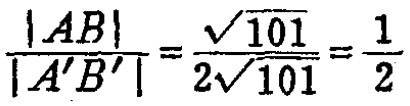
\(\frac{|AB|}{|A'B'|}=\frac{\sqrt{101}}{2\sqrt{101}}=\frac{1}{2}\)